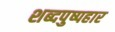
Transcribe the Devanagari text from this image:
शब्दपुष्पहार